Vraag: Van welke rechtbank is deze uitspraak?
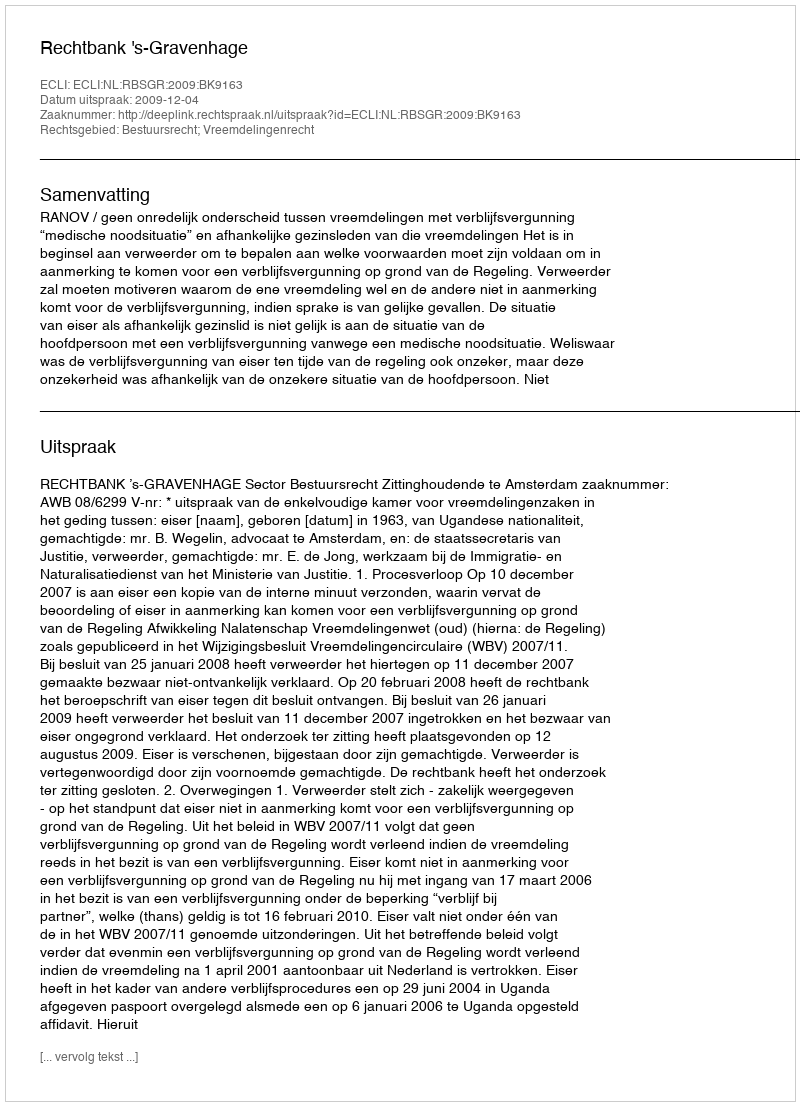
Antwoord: Rechtbank 's-Gravenhage